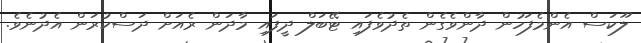
ލޫކަސް އެންމެފަހުން ދާންވެގެން ތެދުވެފައި ޓޭބަލް ދީފައި މާދަން ރެއަށް ދަސްކުރަން އެދުނެވެ.